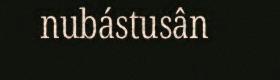
nubástusân